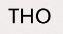
THO